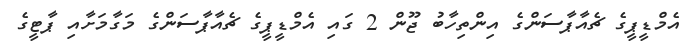
އެމްޑީޕީގެ ޗެއާޕާސަންގެ އިންތިހާބު ޖޫން 2 ގައި އެމްޑީޕީގެ ޗެއާޕާސަންގެ މަގާމަށާއި ޕާޓީގެ